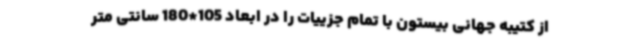
از کتیبه جهانی بیستون با تمام جزییات را در ابعاد 105*180 سانتی متر